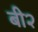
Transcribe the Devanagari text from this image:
बी२